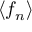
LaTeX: \langle f _ { n } \rangle